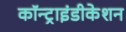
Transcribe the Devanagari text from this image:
कॉन्ट्राइंडीकेशन